Indian Medical Review
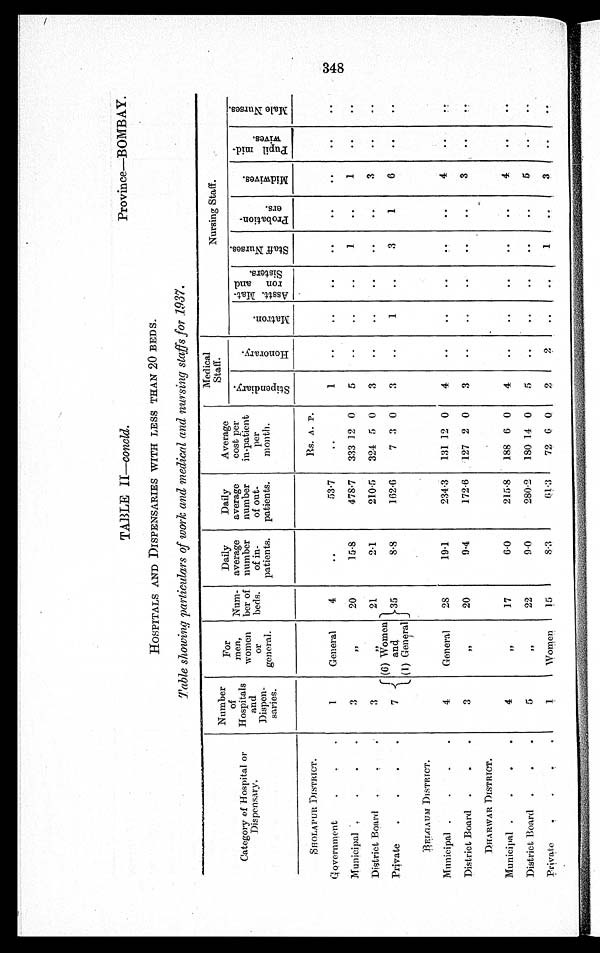
TABLE II—concid.
Province—BOMBAY.
HOSPITALS AND DISPENSARIES WITH LESS THAN 20 BEDS.
Table showing particulars of work and medical and nursing staffs for 1937.
Category of -Hospital or
Dispensary.
Number
of
Hospitals
and
Dispen-
saries.
For
men,
women
or
general.
Num-
ber of
beds.
Daily
average
number
of in-
patients.
Daily
average
number
of out-
patients.
Average
cost per
in-patient
per
month.
Medical
Staff.
Nursing Staff.
S t i p e n d i a r y .
H o n o r a r y .
M a t r o n . As s t t . Ma t -
ron and
Si st ers.
S t a f f N u r s e s .
P r o b a t i o n -
e r s .
M i d w i v e s .
P u p i l m i d -
w i v e s .
M a l e N u r s e s .
SHOLAPUR DISTRICT.
Rs. A. P.
Government.
1 General
4
. .
53·7
. .
1
. .
. .
. .
..
..
..
..
. .
Municipal
3
, ,
20
15·8
478·7
333 12 0
5
..
..
..
1
. .
1
..
..
District Board
3
, ,
21
2·1
210·5
324 5 0
3
..
. .
..
..
..
3
..
. .
Private
7
(6) Women
and
(1) General
35
8·8
162·6
7 3 0
3
..
1
..
3
1
6
..
. .
BELGAUM DISTRICT.
Municipal
4
General
28
19·1
234·3
131 12 0
4
. .
..
..
. .
..
4
..
. .
District Board
3
, ,
20
9·4
172·6
127 2 0
3
. .
. .
. .
. .
. .
3
. .
. .
DHARWAR DISTRICT.
Municipal
4
, ,
17
6·0
215·8
188 6 0
4
..
. .
. .
. .
••
4
..
. .
District Board
5
, ,
22
9·0
280·2
180 14 0
5
..
..
..
..
..
5
. .
..
private
1 Women
15
8·3
61·3
72
6 0
2
2
. .
..
1
. .
3
. .
. .
348